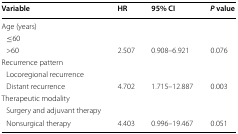
<table><thead><tr><td><b>Variable</b></td><td><b>HR</b></td><td><b>95% CI</b></td><td><b><i>P</i> value</b></td></tr></thead><tbody><tr><td colspan="4">Age (years)</td></tr><tr><td> ≤60</td><td></td><td></td><td></td></tr><tr><td> &gt;60</td><td>2.507</td><td>0.908–6.921</td><td>0.076</td></tr><tr><td colspan="4">Recurrence pattern</td></tr><tr><td> Locoregional recurrence</td><td></td><td></td><td></td></tr><tr><td> Distant recurrence</td><td>4.702</td><td>1.715–12.887</td><td>0.003</td></tr><tr><td colspan="4">Therapeutic modality</td></tr><tr><td> Surgery and adjuvant therapy</td><td></td><td></td><td></td></tr><tr><td> Nonsurgical therapy</td><td>4.403</td><td>0.996–19.467</td><td>0.051</td></tr></tbody></table>